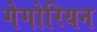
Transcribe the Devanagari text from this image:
गेगोरियन